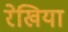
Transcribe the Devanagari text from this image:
रेखिया